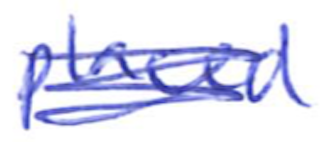
Text: placed
Cross-out: scratch
Writing tool: ballpoint